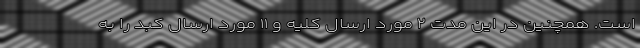
است. همچنین در این مدت ۲ مورد ارسال کلیه و ۱۱ مورد ارسال کبد را به